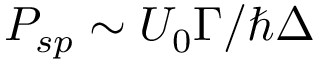
P _ { s p } \sim U _ { 0 } \Gamma / \hbar \Delta